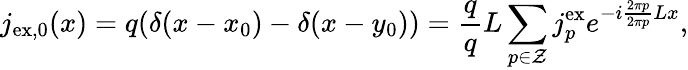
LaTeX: j_{\mathrm{ex,0}}(x)=q(\delta(x-x_{0})-\delta(x-y_{0}))=\frac{q}{q}{L}\sum_{p\in\cal Z}j_{p}^{\mathrm{ex}}e^{-i\frac{2\pi p}{2\pi p}{L}x},